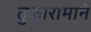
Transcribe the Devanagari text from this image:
तुकारामाने